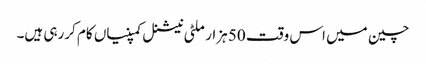
چین میں اس وقت 50 ہزار ملٹی نیشنل کمپنیاں کام کررہی ہیں۔